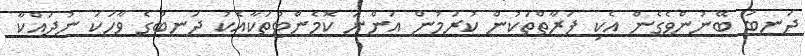
ދަނބު ބޭނުންވެގެން އެކި ފަރާތްތަކުން ކުރަމުން އަންނަ ކޮމެންޓުތަކާއެކު ދަނބުގެ ވާހަކަ ނުދައްކާ